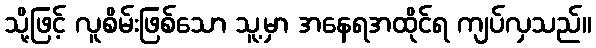
သို့ဖြင့် လူစိမ်းဖြစ်သော သူ့မှာ အနေရအထိုင်ရ ကျပ်လှသည်။